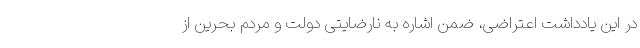
در این یادداشت اعتراضی، ضمن اشاره به نارضایتی دولت و مردم بحرین از